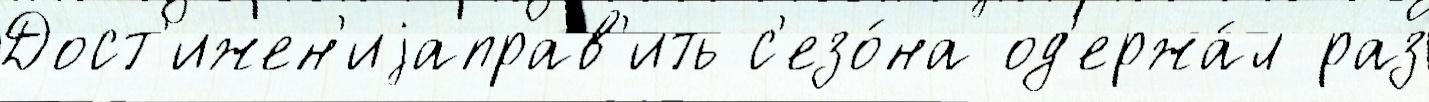
Дост'ижен'иjаправ'ить с'езо́на од'ержа́л раз